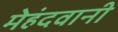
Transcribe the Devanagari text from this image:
मेहंदवानी